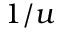
1 / u